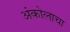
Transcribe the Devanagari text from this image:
अंकोलाचा